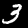
Digit: 3